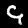
Label: 9